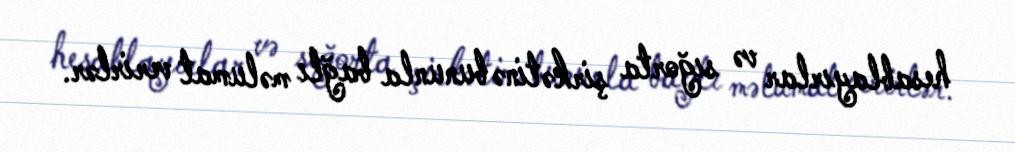
hesablayırlar və sığorta şirkətinə bununla bağlı məlumat verirlər.